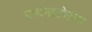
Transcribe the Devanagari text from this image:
प्रार्थनासोहळा